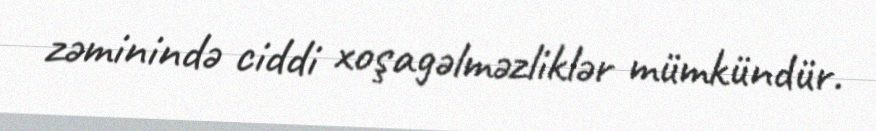
zəminində ciddi xoşagəlməzliklər mümkündür.